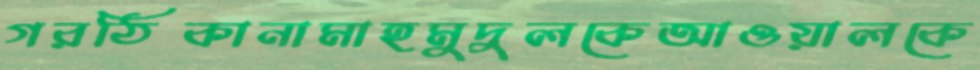
গরঠিকানামাহমুদুলকেআওয়ালকে